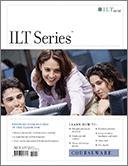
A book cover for Acrobat 9 Pro:: Basic, Ace Edition (Ilt Series); Computers & Technology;